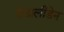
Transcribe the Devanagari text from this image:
रोडालीडेन